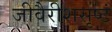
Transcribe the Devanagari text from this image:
जीवैरीशसृष्टं